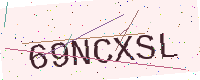
Text: 69NCXSL